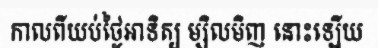
កាលពីយប់ថ្ងៃអាទិត្យ ម្សិលមិញ នោះឡើយ